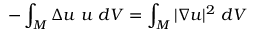
- \int _ { M } \Delta u \ u \ d V = \int _ { M } | \nabla u | ^ { 2 } \ d V